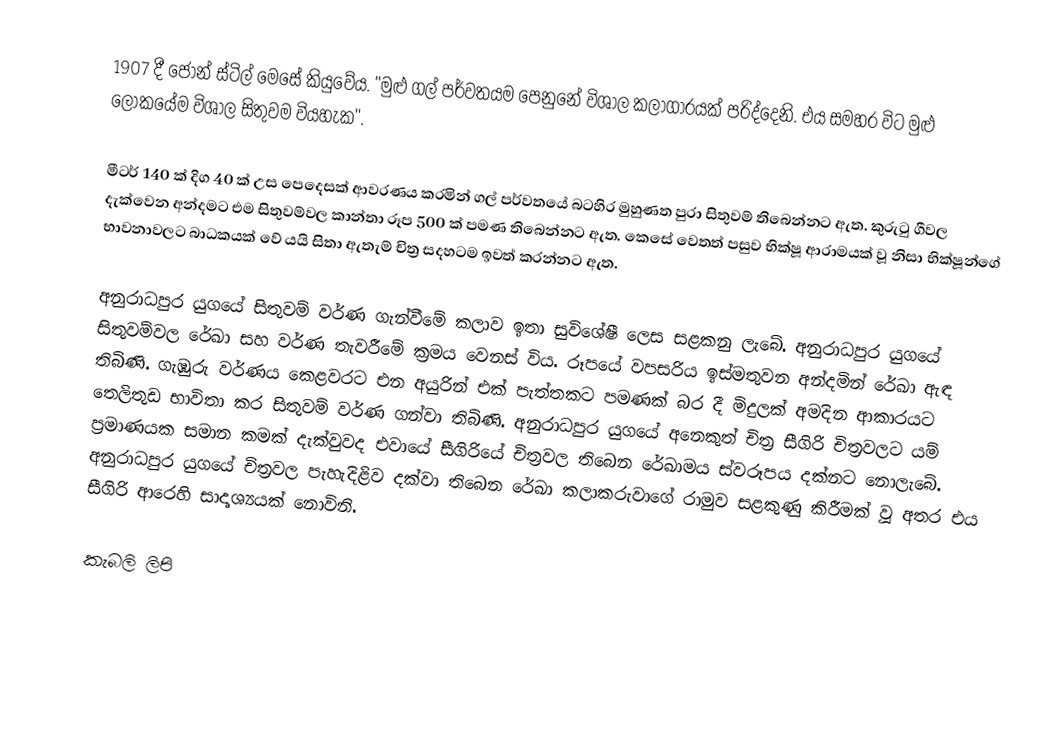
1907 දී  ජෝන් ස්ටිල් මෙසේ කියුවේය. "මුළු ගල් පර්වතයම පෙනුනේ විශාල කලාගාරයක් පරිද්දෙනි. එය සමහර විට මුළු ලෝකයේම විශාල සිතුවම වියහැක".

මීටර් 140 ක් දිග 40 ක් උස පෙදෙසක් ආවරණය කරමින් ගල් පර්වතයේ  බටහිර මුහුණත පුරා සිතුවම් තිබෙන්නට ඇත. කුරුටු ගීවල දැක්වෙන අන්දමට එම සිතුවම්වල කාන්තා රූප 500 ක් පමණ තිබෙන්නට ඇත. කෙසේ වෙතත් පසුව භික්ෂූ ආරාමයක් වූ නිසා භික්ෂූන්ගේ භාවනාවලට බාධකයක් වේ යයි සිතා ඇතැම් චිත්‍ර සදහටම ඉවත් කරන්නට ඇත.

අනුරාධපුර යුගයේ සිතුවම් වර්ණ ගැන්වීමේ කලාව ඉතා සුවිශේෂී ලෙස සළකනු ලැබේ. අනුරාධපුර යුගයේ සිතුවම්වල රේඛා සහ වර්ණ තැවරීමේ ක්‍රමය වෙනස් විය. රූපයේ වපසරිය ඉස්මතුවන අන්දමින් රේඛා ඇඳ තිබිණි. ගැඹුරු වර්ණය කෙළවරට එන අයුරින් එක් පැත්තකට පමණක් බර දී මිදුලක් අමදින ආකාරයට ‍තෙලිතුඩ භාවිතා කර සිතුවම් වර්ණ ගන්වා තිබිණි. අනුරාධපුර යුගයේ අනෙකුත් චිත්‍ර සීගිරි චිත්‍රවලට යම් ප්‍රමාණයක සමාන කමක් දැක්වුවද එවායේ සීගිරියේ චිත්‍රවල තිබෙන රේඛාමය ස්වරූපය දක්නට නොලැබේ. අනුරාධපුර යුගයේ චිත්‍රවල පැහැදිළිව දක්වා තිබෙන රේඛා කලාකරුවාගේ රාමුව සළකුණු කිරීමක් වූ අතර එය සීගිරි ආරෙහි සාදෘශ්‍යයක් නොවිනි.

කැබලි ලිපි